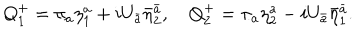
Q _ { 1 } ^ { + } = \pi _ { a } \eta _ { 1 } ^ { a } + i U _ { \bar { a } } { \bar { \eta } } _ { 2 } ^ { \bar { a } } , \quad Q _ { 2 } ^ { + } = \pi _ { a } \eta _ { 2 } ^ { a } - i U _ { \bar { a } } { \bar { \eta } } _ { 1 } ^ { \bar { a } } .